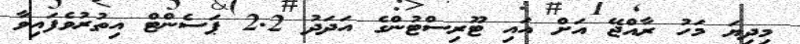
މިދިޔަ މަހު ރާއްޖޭ އަށް އައި ޓޫރިސްޓުންގެ އަދަދު 2.2 ޕަސެންޓް އިތުރުވެފައިވާ